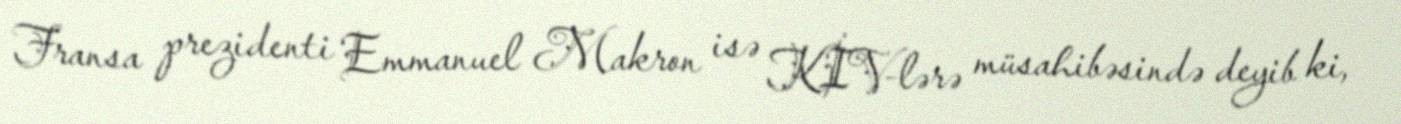
Fransa prezidenti Emmanuel Makron isə KİV-lərə müsahibəsində deyib ki,